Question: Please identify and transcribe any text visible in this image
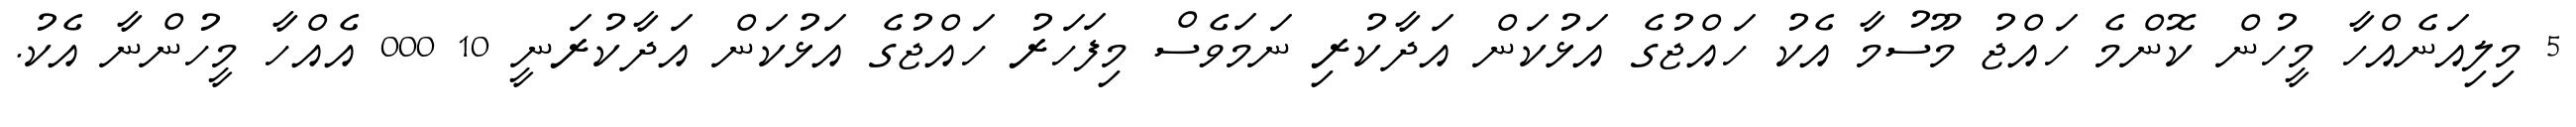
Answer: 5 މިލިއަނެއްހާ މީހުން ކޮންމެ ހައްޖު މޫސުމާ އެކު ހައްޖުގެ އަޅުކަން އަދާކުރި ނަމަވެސް މިފަހަރު ހައްޖުގެ އަޅުކަން އަދާކުރަނީ 10 000 އެއްހާ މީހުންނާ އެކު.